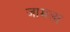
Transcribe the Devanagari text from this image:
जामला